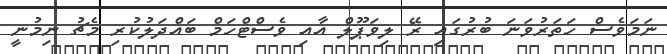
ނަމަވެސް ހަތަރުވަނަ ބުރުގައި ރޭ ލިވަޕޫލް އާއި ވެސްޓްހަމް ބައްދަލުކުރި މެޗު ނިމުނީ